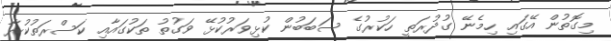
މިގެޮތުން އޭގައި ހިމެނޭ ގުދުރަތީ ހަކުރުގެ ސަބަބުން ކުޅިވަރުކުޅޭ ވަގުތު ތަކުގައާއި ކަސްރަތުކުރާ